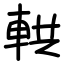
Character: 輁